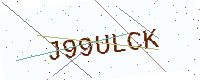
Text: J99ULCK